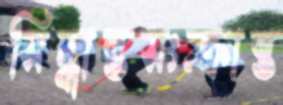
সিদ্ধান্তসংক্রান্ত